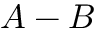
A - B